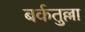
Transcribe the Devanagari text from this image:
बर्कतुल्ला